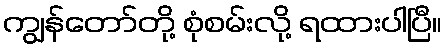
ကျွန်တော်တို့ စုံစမ်းလို့ ရထားပါပြီ။